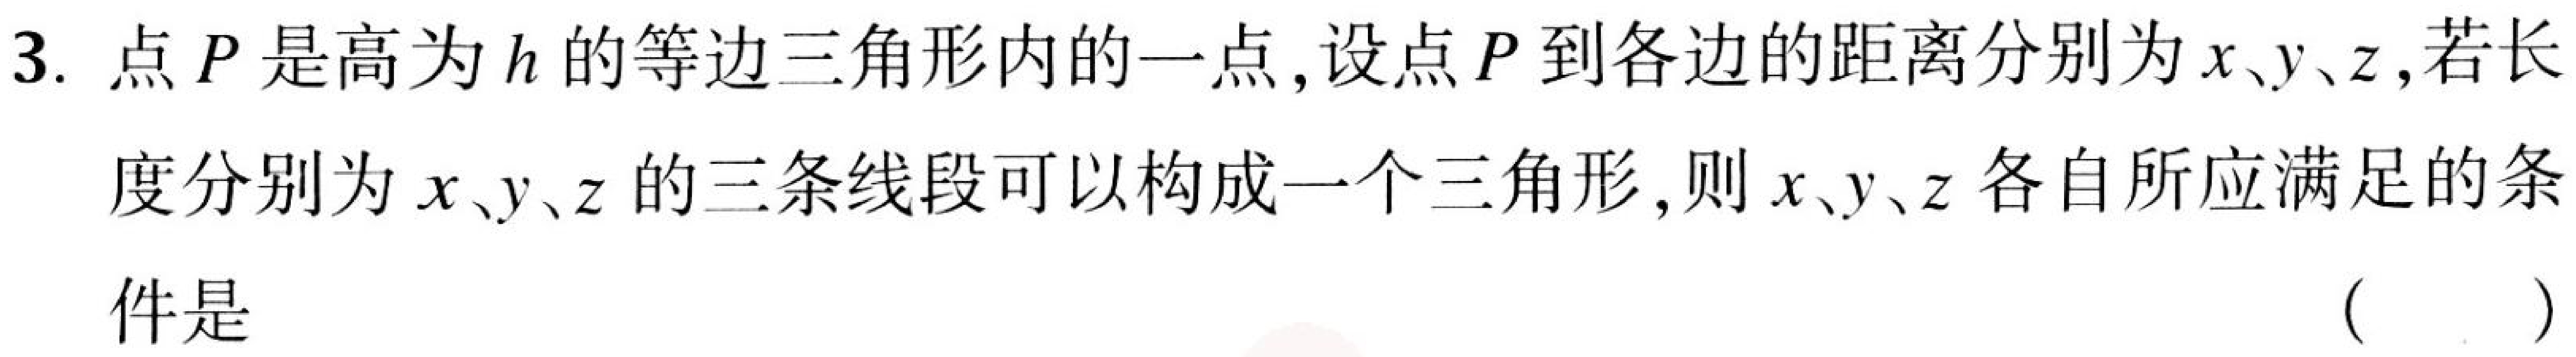
3. 点\(P\)是高为\(h\)的等边三角形内的一点,设点\(P\)到各边的距离分别为\(x、y、z\),若长
度分别为\(x、y、z\)的三条线段可以构成一个三角形,则\(x、y、z\)各自所应满足的条
件是 （  ）